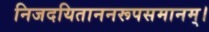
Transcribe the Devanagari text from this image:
निजदयिताननरूपसमानम्।